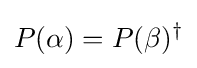
P(\alpha )=P(\beta )^{\dagger }